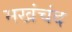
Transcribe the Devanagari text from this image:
मखंचंद